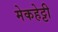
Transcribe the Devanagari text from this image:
मेकहेट्टी